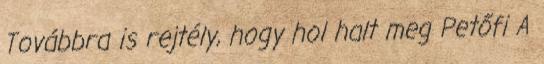
Továbbra is rejtély, hogy hol halt meg Petőfi A